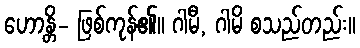
ဟောန္တိ- ဖြစ်ကုန်၏။ ဂါမီ, ဂါမိ စသည်တည်း။